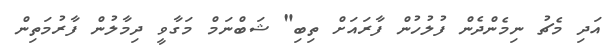
އަދި މެޗު ނިމެންދެން ފުލުހުން ފާރައަށް ތިބި" ޝަބްނަމް މަގާވީ ދިމާލުން ފާރުމަތިން